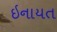
ઇનાયત